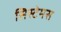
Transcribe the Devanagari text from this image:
सिस्टेमस